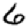
Digit: 6